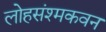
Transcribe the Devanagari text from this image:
लोहसंश्मकवन